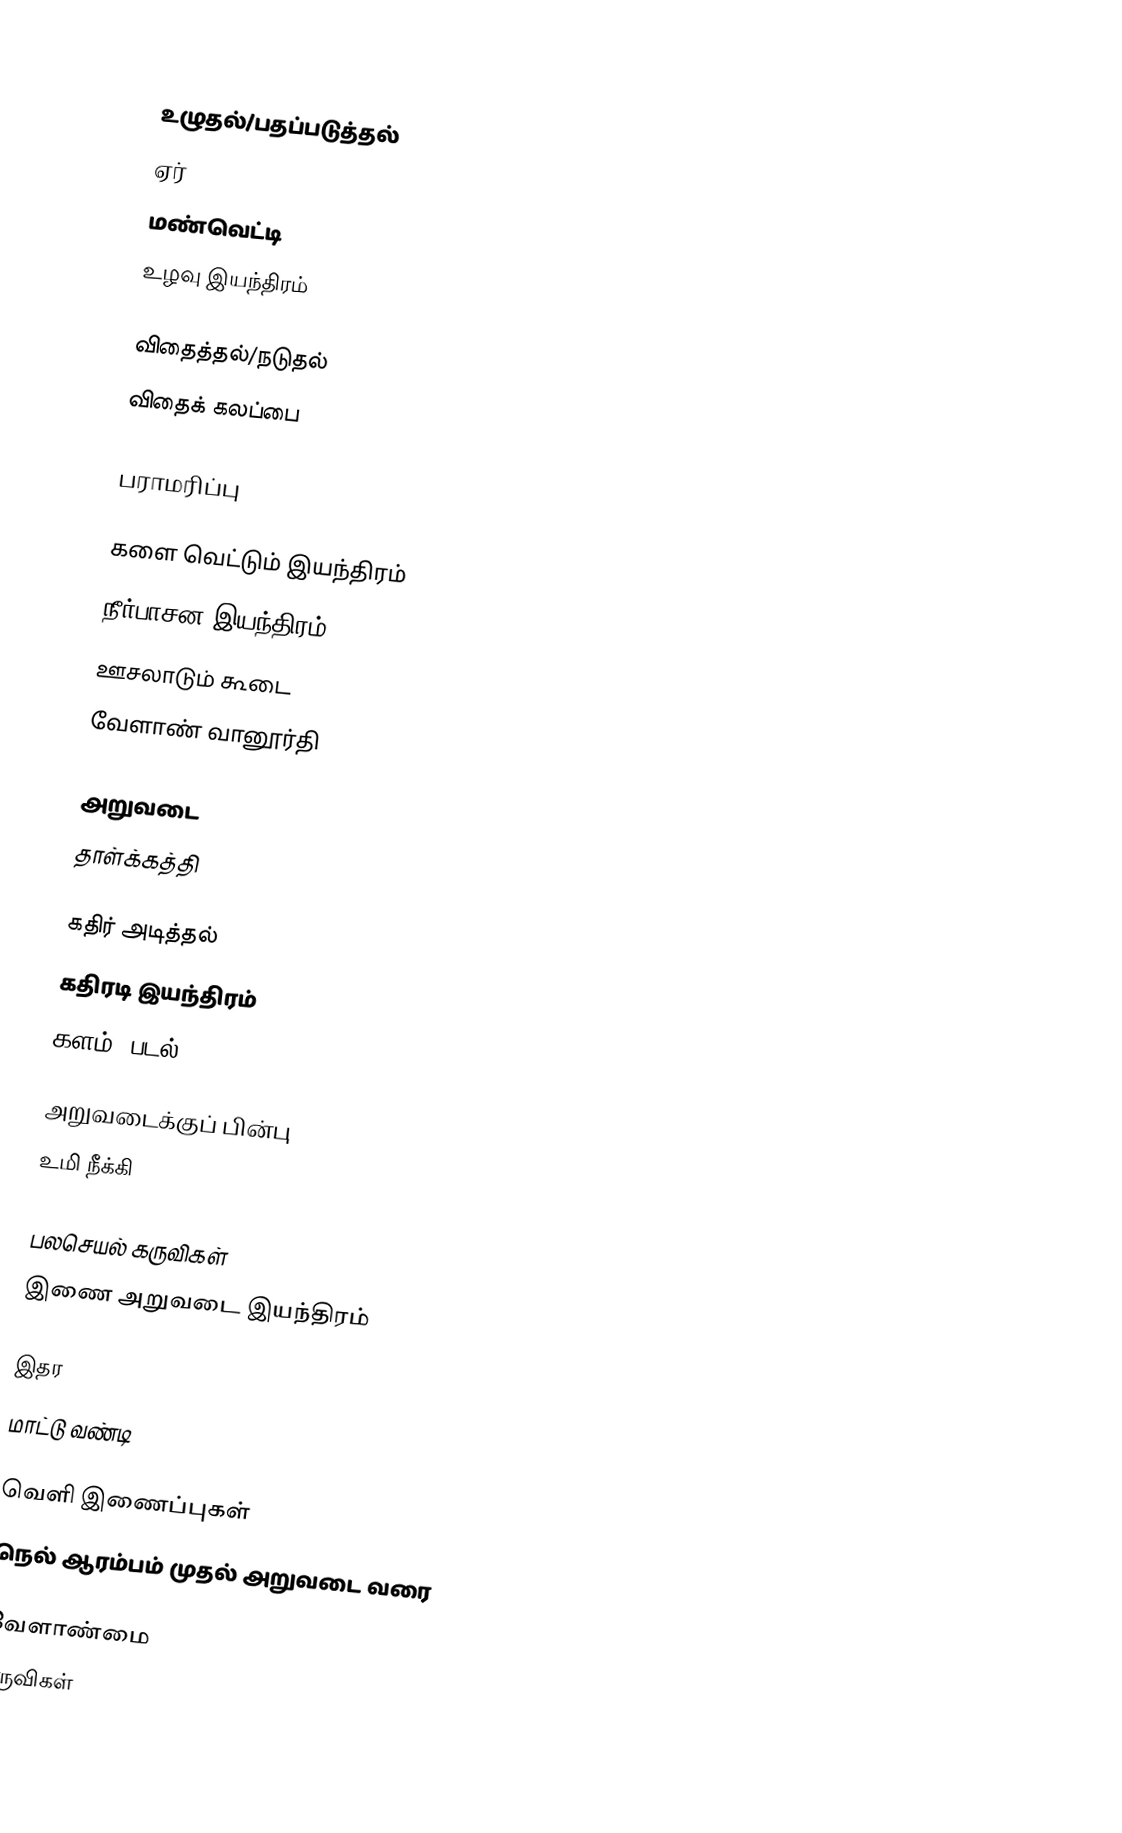

உழுதல்/பதப்படுத்தல்
 ஏர்
 மண்வெட்டி
 உழவு இயந்திரம்

விதைத்தல்/நடுதல்
 விதைக் கலப்பை

பராமரிப்பு

 களை வெட்டும் இயந்திரம்
 நீர்பாசன இயந்திரம்
 ஊசலாடும் கூடை
 வேளாண் வானூர்தி

அறுவடை
 தாள்க்கத்தி

கதிர் அடித்தல்
 கதிரடி இயந்திரம்
 களம், படல்

அறுவடைக்குப் பின்பு
 உமி நீக்கி

பலசெயல் கருவிகள்
 இணை அறுவடை இயந்திரம்

இதர
 மாட்டு வண்டி

வெளி இணைப்புகள்
 நெல் ஆரம்பம் முதல் அறுவடை வரை

வேளாண்மை
கருவிகள்